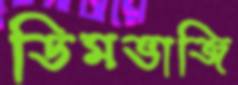
ডিমভাজি